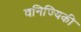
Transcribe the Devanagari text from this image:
वनिज्यिकी